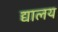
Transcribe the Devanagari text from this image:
द्यालय